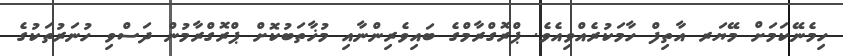
ހިމެނޭކަމަށް މޭޔަރ އާތިފް ހާމަކުރެއްވިއެވެ. ޕްރޮގްރާމްގެ ބައިވެރިންނާއި މުޚާތަބުކޮށް ޕްރޮގްރާމުން ދަސްވި ހުނަރުތަކުގެ